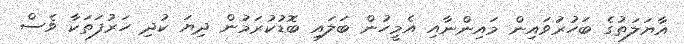
އާޔަލަތުގެ ބަހުރުަވައިން މައިންނާއި އެމީހުން ބަލައި ބޮޑުކުރަމުން ދިޔަ ކުދި ހަރުފަތަކާ ވެސް